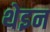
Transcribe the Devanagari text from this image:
थेइन